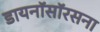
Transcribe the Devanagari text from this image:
डायनॉसॉरसना